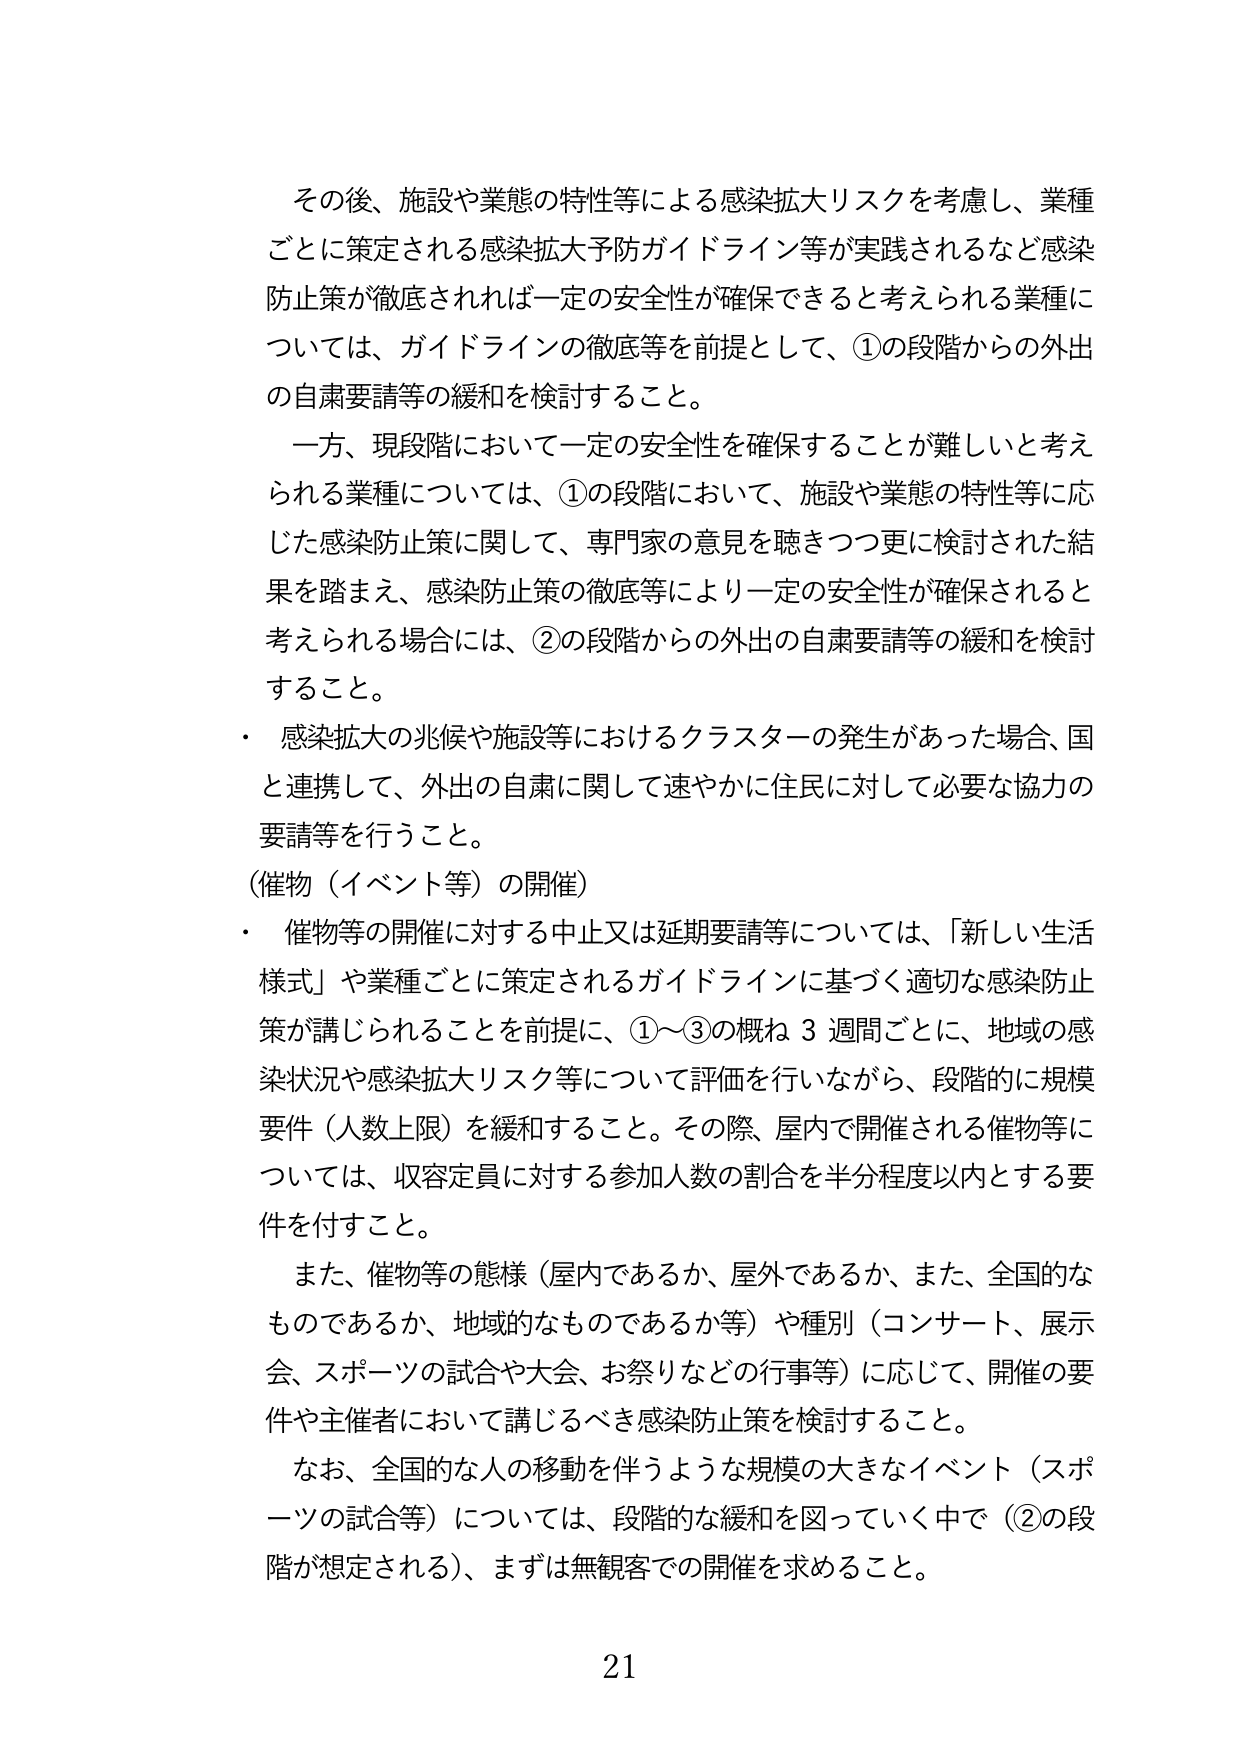
その後、施設や業態の特性等による感染拡大リスクを考慮し、業種ごとに策定される感染拡大予防ガイドライン等が実践されるなど感染防止策が徹底されれば一定の安全性が確保できると考えられる業種については、ガイドラインの徹底等を前提として、①の段階からの外出の自粛要請等の緩和を検討すること。

一方、現段階において一定の安全性を確保することが難しいと考えられる業種については、①の段階において、施設や業態の特性等に応じた感染防止策に関して、専門家の意見を聴きつつ更に検討された結果を踏まえ、感染防止策の徹底等により一定の安全性が確保されると考えられる場合には、②の段階からの外出の自粛要請等の緩和を検討すること。

・ 感染拡大の兆候や施設等におけるクラスターの発生があった場合、国と連携して、外出の自粛に関して速やかに住民に対して必要な協力の要請等を行うこと。

（催物（イベント等）の開催）

・ 催物等の開催に対する中止又は延期要請等については、「新しい生活様式」や業種ごとに策定されるガイドラインに基づく適切な感染防止策が講じられることを前提に、①～③の概ね３週間ごとに、地域の感染状況や感染拡大リスク等について評価を行いながら、段階的に規模要件（人数上限）を緩和すること。その際、屋内で開催される催物等については、収容定員に対する参加人数の割合を半分程度以内とする要件を付すこと。

また、催物等の態様（屋内であるか、屋外であるか、また、全国的なものであるか、地域的なものであるか等）や種別（コンサート、展示会、スポーツの試合や大会、お祭りなどの行事等）に応じて、開催の要件や主催者において講じるべき感染防止策を検討すること。

なお、全国的な人の移動を伴うような規模の大きなイベント（スポーツの試合等）については、段階的な緩和を図っていく中で（②の段階が想定される）、まずは無観客での開催を求めること。

21